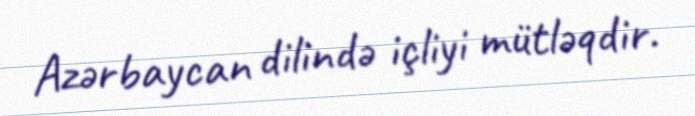
Azərbaycan dilində içliyi mütləqdir.